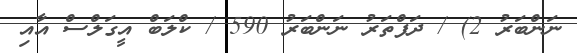
ނަންބަރު 2) / ދަފްތަރު ނަންބަރު 590 / ކްލަބް އީގަލްސް އާއި